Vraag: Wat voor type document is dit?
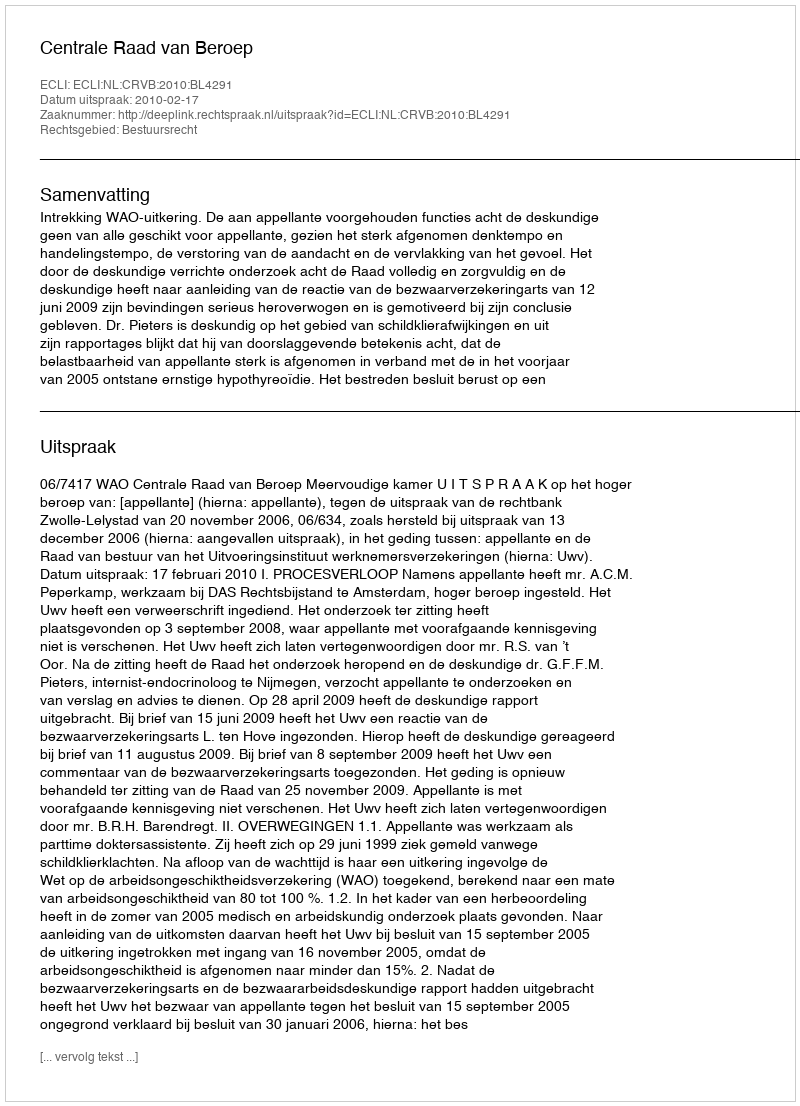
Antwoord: Uitspraak